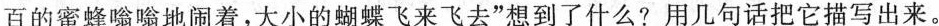
百的蜜蜂嗡嗡地闹着，大小的蝴蝶飞来飞去”想到了什么?用几句话把它描写出来。